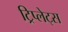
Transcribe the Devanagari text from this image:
ट्रिप्लेट्स